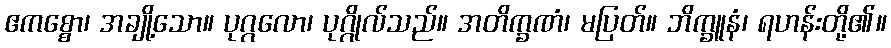
ဧကစ္စော၊ အချို့သော။ ပုဂ္ဂလော၊ ပုဂ္ဂိုလ်သည်။ အတိက္ခဏံ၊ မပြတ်။ ဘိက္ခူနံ၊ ရဟန်းတို့၏။